Report on the Nagpur School of Medicine, Central Provinces
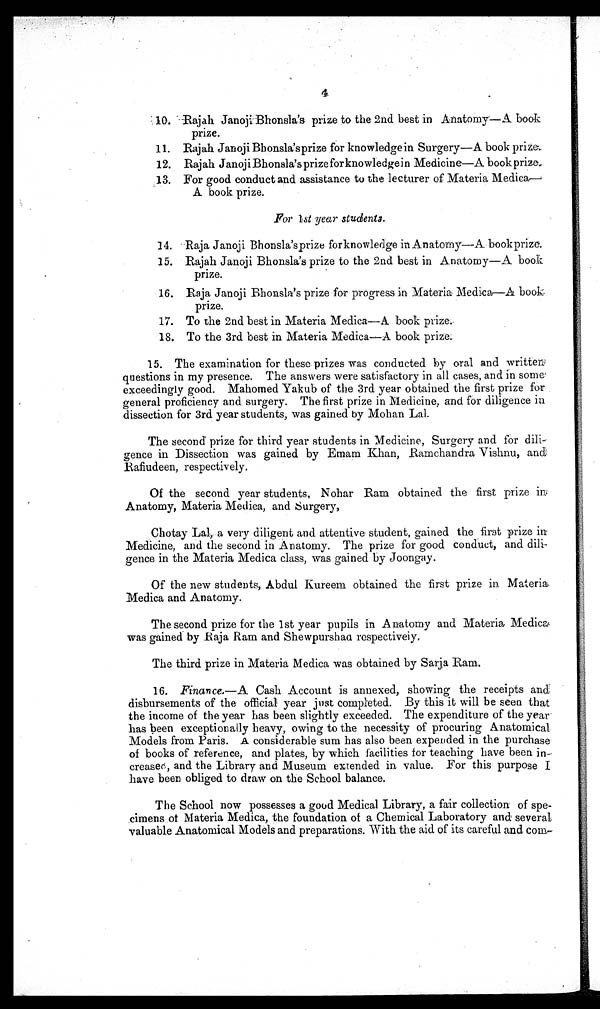
4
10. Rajah Janoji Bhonsla's prize to the 2nd best in Anatomy—A book
prize.
11. Rajah Janoji Bhonsla'sprize for knowledgein Surgery—A book prize.
12. Rajah Janoji Bhonsla's prize for knowledge in Medicine—A book prize.
13. For good conduct and assistance to the lecturer of Materia Medica,—
A book prize.
For 1st year students.
14. Raja Janoji Bhonsla's prize for knowledge in Anatomy—A bookprize.
15. Rajah Janoji Bhonsla's prize to the 2nd best in Anatomy—A book
prize.
16. Raja Janoji Bhonsla's prize for progress in Materia Medica—A book
prize.
17. To the 2nd best in Materia Medica—A book prize.
18. To the 3rd best in Materia Medica—A book prize.
15. The examination for these prizes was conducted by oral and written
questions in my presence. The answers were satisfactory in all cases, and in some
exceedingly good. Mahomed Yakub of the 3rd year obtained the first prize for
general proficiency and surgery. The first prize in Medicine, and for diligence in
dissection for 3rd year students, was gained by Mohan Lal.
The second' prize for third year students in Medicine, Surgery and for dili-
gence in Dissection was gained by Emam Khan, Ramchandra Vishnu, and
Rafiudeen, respectively.
Of the second year students, Nohar Ram obtained the first prize
in Anatomy, Materia Medica, and Surgery,
Chotay Lal, a very diligent and attentive student, gained the first prize in
Medicine, and the second in Anatomy. The prize for good conduct, and dili-
gence in the Materia Medica class, was gained by Joongay.
Of the new students, Abdul Kureem obtained the first prize in Materia
Medica and Anatomy.
The second prize for the 1st year pupils in Anatomy and Materia Medica
was gained by Raja Ram and Shewpurshad respectiveiy.
The third prize in Materia Medica was obtained by Sarja Ram.
16. Finance.— A Cash Account is annexed, showing the receipts and
disbursements of the official year just completed. By this it will be seen that
the income of the year has been slightly exceeded. The expenditure of the year
has been exceptionally heavy, owing to the necessity of procuring Anatomical
Models from Paris. A considerable sum has also been expended in the purchase
of books of reference, and plates, by which facilities for teaching have been
in-creased, and the Library and Museum extended in value. For this purpose I
have been obliged to draw on the School balance.
The School now possesses a good Medical Library, a fair collection of spe-
cimens of Materia Medica, the foundation of a Chemical Laboratory and several
valuable Anatomical Models and preparations. With the aid of its careful and com-